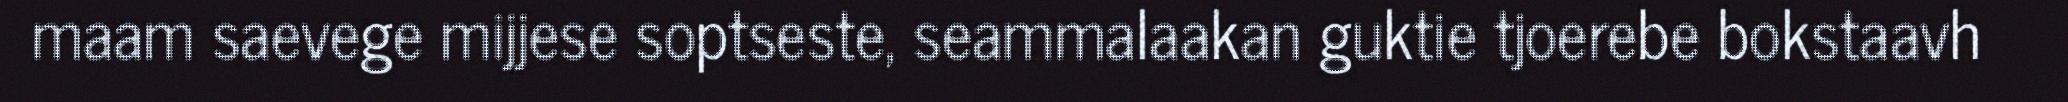
maam saevege mijjese soptseste, seammalaakan guktie tjoerebe bokstaavh